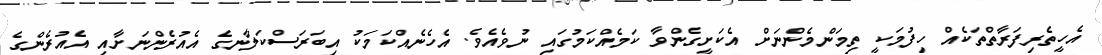
އެހީތެރިފަރާތްތަކެއް ހިފުމަކީ ތިމަންމެންނަށް އެކަށީގެންވާ ކަމެއްކަމުގައި ނުވެއެވެ. އެހެނެއްކަމަކު އިބަރަސްކަލާނގެ އެއުރެންނަށާއި އެއުރެންގެ